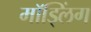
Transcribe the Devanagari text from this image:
मॉड्लिंग